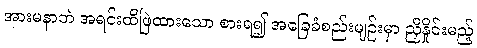
အားမနာဘဲ အရင်းထိဖြဲထားသော စားရ၍ အခြေခံစည်းမျဉ်းမှာ ညှိနှိုင်းမည့်